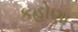
કહોણા